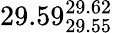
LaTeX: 29.59_{29.55}^{29.62}